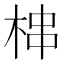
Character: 梙